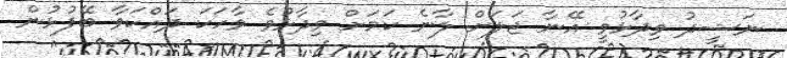
ނަޝީދު ވިދާޅުވީ އޭނާ ޖަލަށް ލާނެ ކަމަށް ވިދާޅުވެ ވާހަކަ ދައްކަވާ ބޭފުޅުން